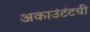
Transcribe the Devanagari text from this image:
अकाउंटंटची